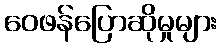
ဝေဖန်ပြောဆိုမှုများ